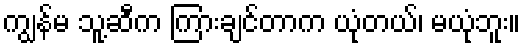
ကျွန်မ သူ့ဆီက ကြားချင်တာက ယုံတယ်၊ မယုံဘူး။